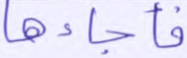
فأجاءها